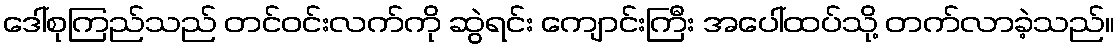
ဒေါ်စုကြည်သည် တင်ဝင်းလက်ကို ဆွဲရင်း ကျောင်းကြီး အပေါ်ထပ်သို့ တက်လာခဲ့သည်။